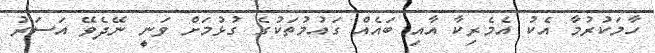
ހާމަކުރުމާ އެކު އެމެރިކާ އާއި ބައެއް ގައުމުތަކުގެ ގުޅުމަށް ވަނީ ނޭދެވޭ އަސަރު